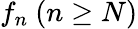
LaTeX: f_{n}\ (n\geq N)